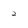
Character: 2